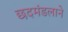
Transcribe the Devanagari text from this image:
छदमंडलाने